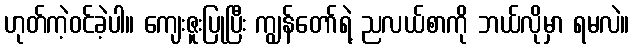
ဟုတ်ကဲ့ဝင်ခဲ့ပါ။ ကျေးဇူးပြုပြီး ကျွန်တော်ရဲ့ ညလယ်စာကို ဘယ်လိုမှာ ရမလဲ။